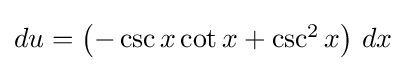
{\textstyle du=\left(-\csc x\cot x+\csc ^{2}x\right)\,dx}